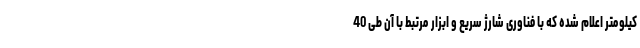
کیلومتر اعلام شده که با فناوری شارژ سریع و ابزار مرتبط با آن طی 40